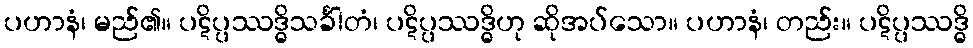
ပဟာနံ၊ မည်၏။ ပဋိပ္ပဿဒ္ဓိသင်္ခါတံ၊ ပဋိပ္ပဿဒ္ဓိဟု ဆိုအပ်သော။ ပဟာနံ၊ တည်း။ ပဋိပ္ပဿဒ္ဓိ